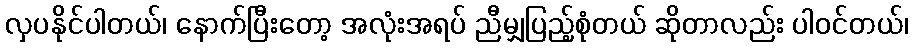
လှပနိုင်ပါတယ်၊ နောက်ပြီးတော့ အလုံးအရပ် ညီမျှပြည့်စုံတယ် ဆိုတာလည်း ပါဝင်တယ်၊